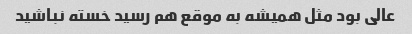
عالی بود مثل همیشه به موقع هم رسید خسته نباشید